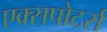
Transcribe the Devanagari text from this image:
एक्सपोटर्स